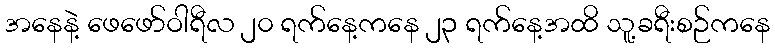
အနေနဲ့ ဖေဖော်ဝါရီလ ၂၀ ရက်နေ့ကနေ ၂၃ ရက်နေ့အထိ သူ့ခရီးစဉ်ကနေ